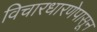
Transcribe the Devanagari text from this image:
विचारधारणेपासून